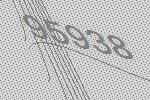
95938